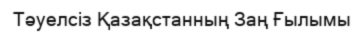
Тәуелсіз Қазақстанның Заң Ғылымы